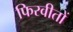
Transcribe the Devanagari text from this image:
फिरवीतों